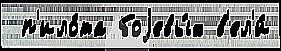
 п'ило́та боjевы́х в'ел'и́